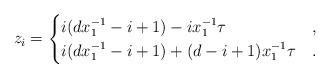
LaTeX: \begin{align*} z_i &= \begin{cases} i (d x_1^{-1}-i+1) - i x_1^{-1} \tau & , \\ i (d x_1^{-1}-i+1) + (d-i+1)x_1^{-1} \tau & . \end{cases}\end{align*}